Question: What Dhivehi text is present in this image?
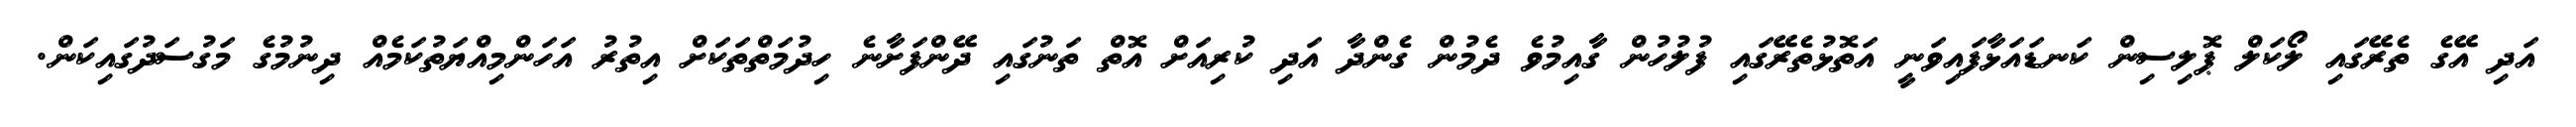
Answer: އަދި އޭގެ ތެރޭގައި ލޯކަލް ޕޮލިސިން ކަނޑައަޅާފައިވަނީ އަތޮޅުތެރޭގައި ފުލުހުން ގާއިމުވެ ދެމުން ގެންދާ އަދި ކުރިއަށް އޮތް ތަނުގައި ދޭންފަށާނެ ހިދުމަތްތަކަށް އިތުރު އަހަންމިއްޔަތުކަމެއް ދިނުމުގެ މަގުސަދުގައިކަން.